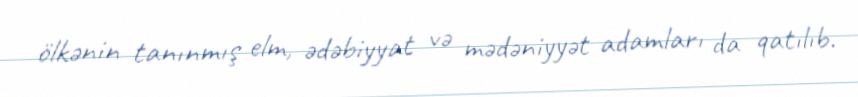
ölkənin tanınmış elm, ədəbiyyat və mədəniyyət adamları da qatılıb.